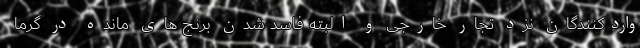
واردکنندگان نزد تجار خارجی و البته فاسد شدن برنج های مانده در گرما